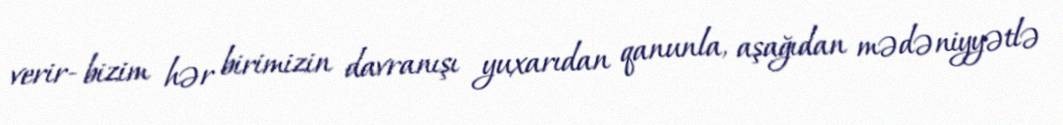
verir- bizim hər birimizin davranışı yuxarıdan qanunla, aşağıdan mədəniyyətlə